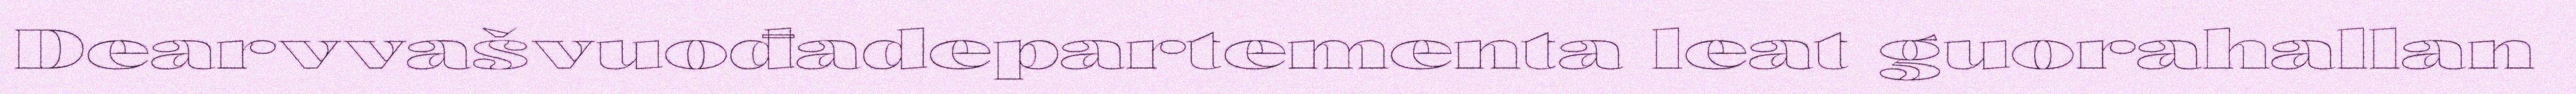
Dearvvašvuođadepartementa leat guorahallan